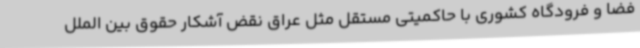
فضا و فرودگاه کشوری با حاکمیتی مستقل مثل عراق نقض آشکار حقوق بین الملل